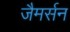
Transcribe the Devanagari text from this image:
जैमर्सन